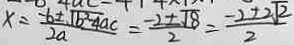
x = \frac { - b \pm \sqrt { b ^ { 2 } - 4 a c } } { 2 a } = \frac { - 2 \pm \sqrt { 8 } } { 2 } = \frac { - 2 \pm 2 \sqrt { 2 } } { 2 }